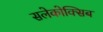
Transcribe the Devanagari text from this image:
सलेकोक्सिब